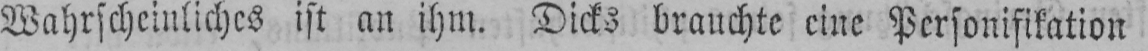
Wahrscheinliches ist an ihm. Dicks brauchte eine Personifikation